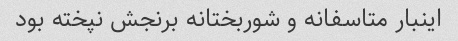
اینبار متاسفانه و شوربختانه برنجش نپخته بود